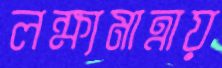
লক্ষ্যমাত্রায়